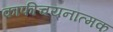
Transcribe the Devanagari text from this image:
काफीचयनात्मक